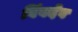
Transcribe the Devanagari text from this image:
बिंबदेव